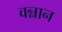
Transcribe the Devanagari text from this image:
वन्नान